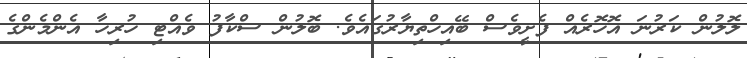
ލޮލުން ކަރުނަ އޮހޮރެއް ފެށީވެސް ބޭއިހްތިޔާރުގައެވެ. ބޮލުން ސްކާފު ވެއްޓި ހުރިހާ އެންމެންގެ